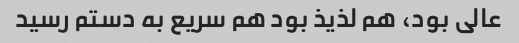
عالی بود، هم لذیذ بود هم سریع به دستم رسید